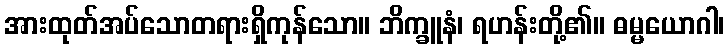
အားထုတ်အပ်သောတရားရှိကုန်သော။ ဘိက္ခူနံ၊ ရဟန်းတို့၏။ ဓမ္မယောဂါ၊